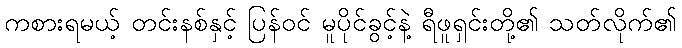
ကစားရမယ့် တင်းနစ်နှင့် ပြန်ဝင် မူပိုင်ခွင့်နဲ့ ရီဖူရှင်းတို့၏ သတ်လိုက်၏